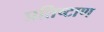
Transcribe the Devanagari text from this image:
प्रतिष्टाण